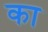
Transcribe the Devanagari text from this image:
का